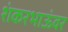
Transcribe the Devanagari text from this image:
शंकरभाऊंवर